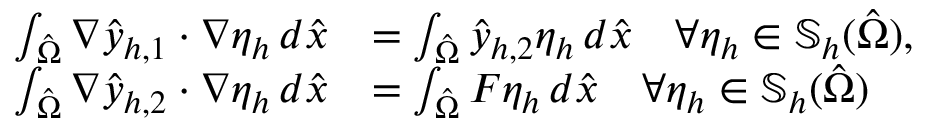
\begin{array} { r l } { \int _ { \hat { \Omega } } \nabla \hat { y } _ { h , 1 } \cdot \nabla \eta _ { h } \, d \hat { x } } & { = \int _ { \hat { \Omega } } \hat { y } _ { h , 2 } \eta _ { h } \, d \hat { x } \quad \forall \eta _ { h } \in \mathbb { S } _ { h } ( \hat { \Omega } ) , } \\ { \int _ { \hat { \Omega } } \nabla \hat { y } _ { h , 2 } \cdot \nabla \eta _ { h } \, d \hat { x } } & { = \int _ { \hat { \Omega } } F \eta _ { h } \, d \hat { x } \quad \forall \eta _ { h } \in \mathbb { S } _ { h } ( \hat { \Omega } ) } \end{array}